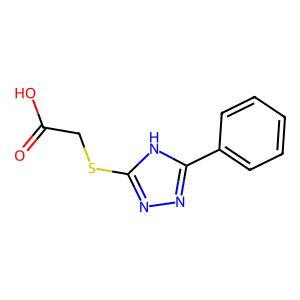
SMILES: O=C(O)CSc1nnc(-c2ccccc2)[nH]1
Inhibits HIV replication: No